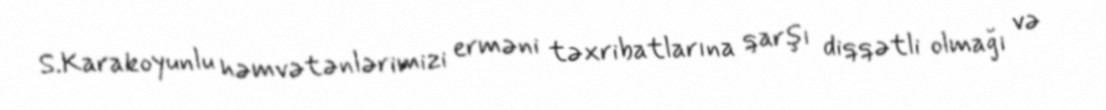
S.Karakoyunlu həmvətənlərimizi erməni təxribatlarına qarşı diqqətli olmağı və